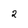
Character: 2